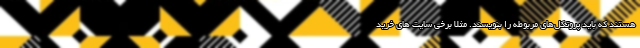
هستند که باید پروتکل‌های مربوطه را بنویسند. مثلا برخی سایت های خرید